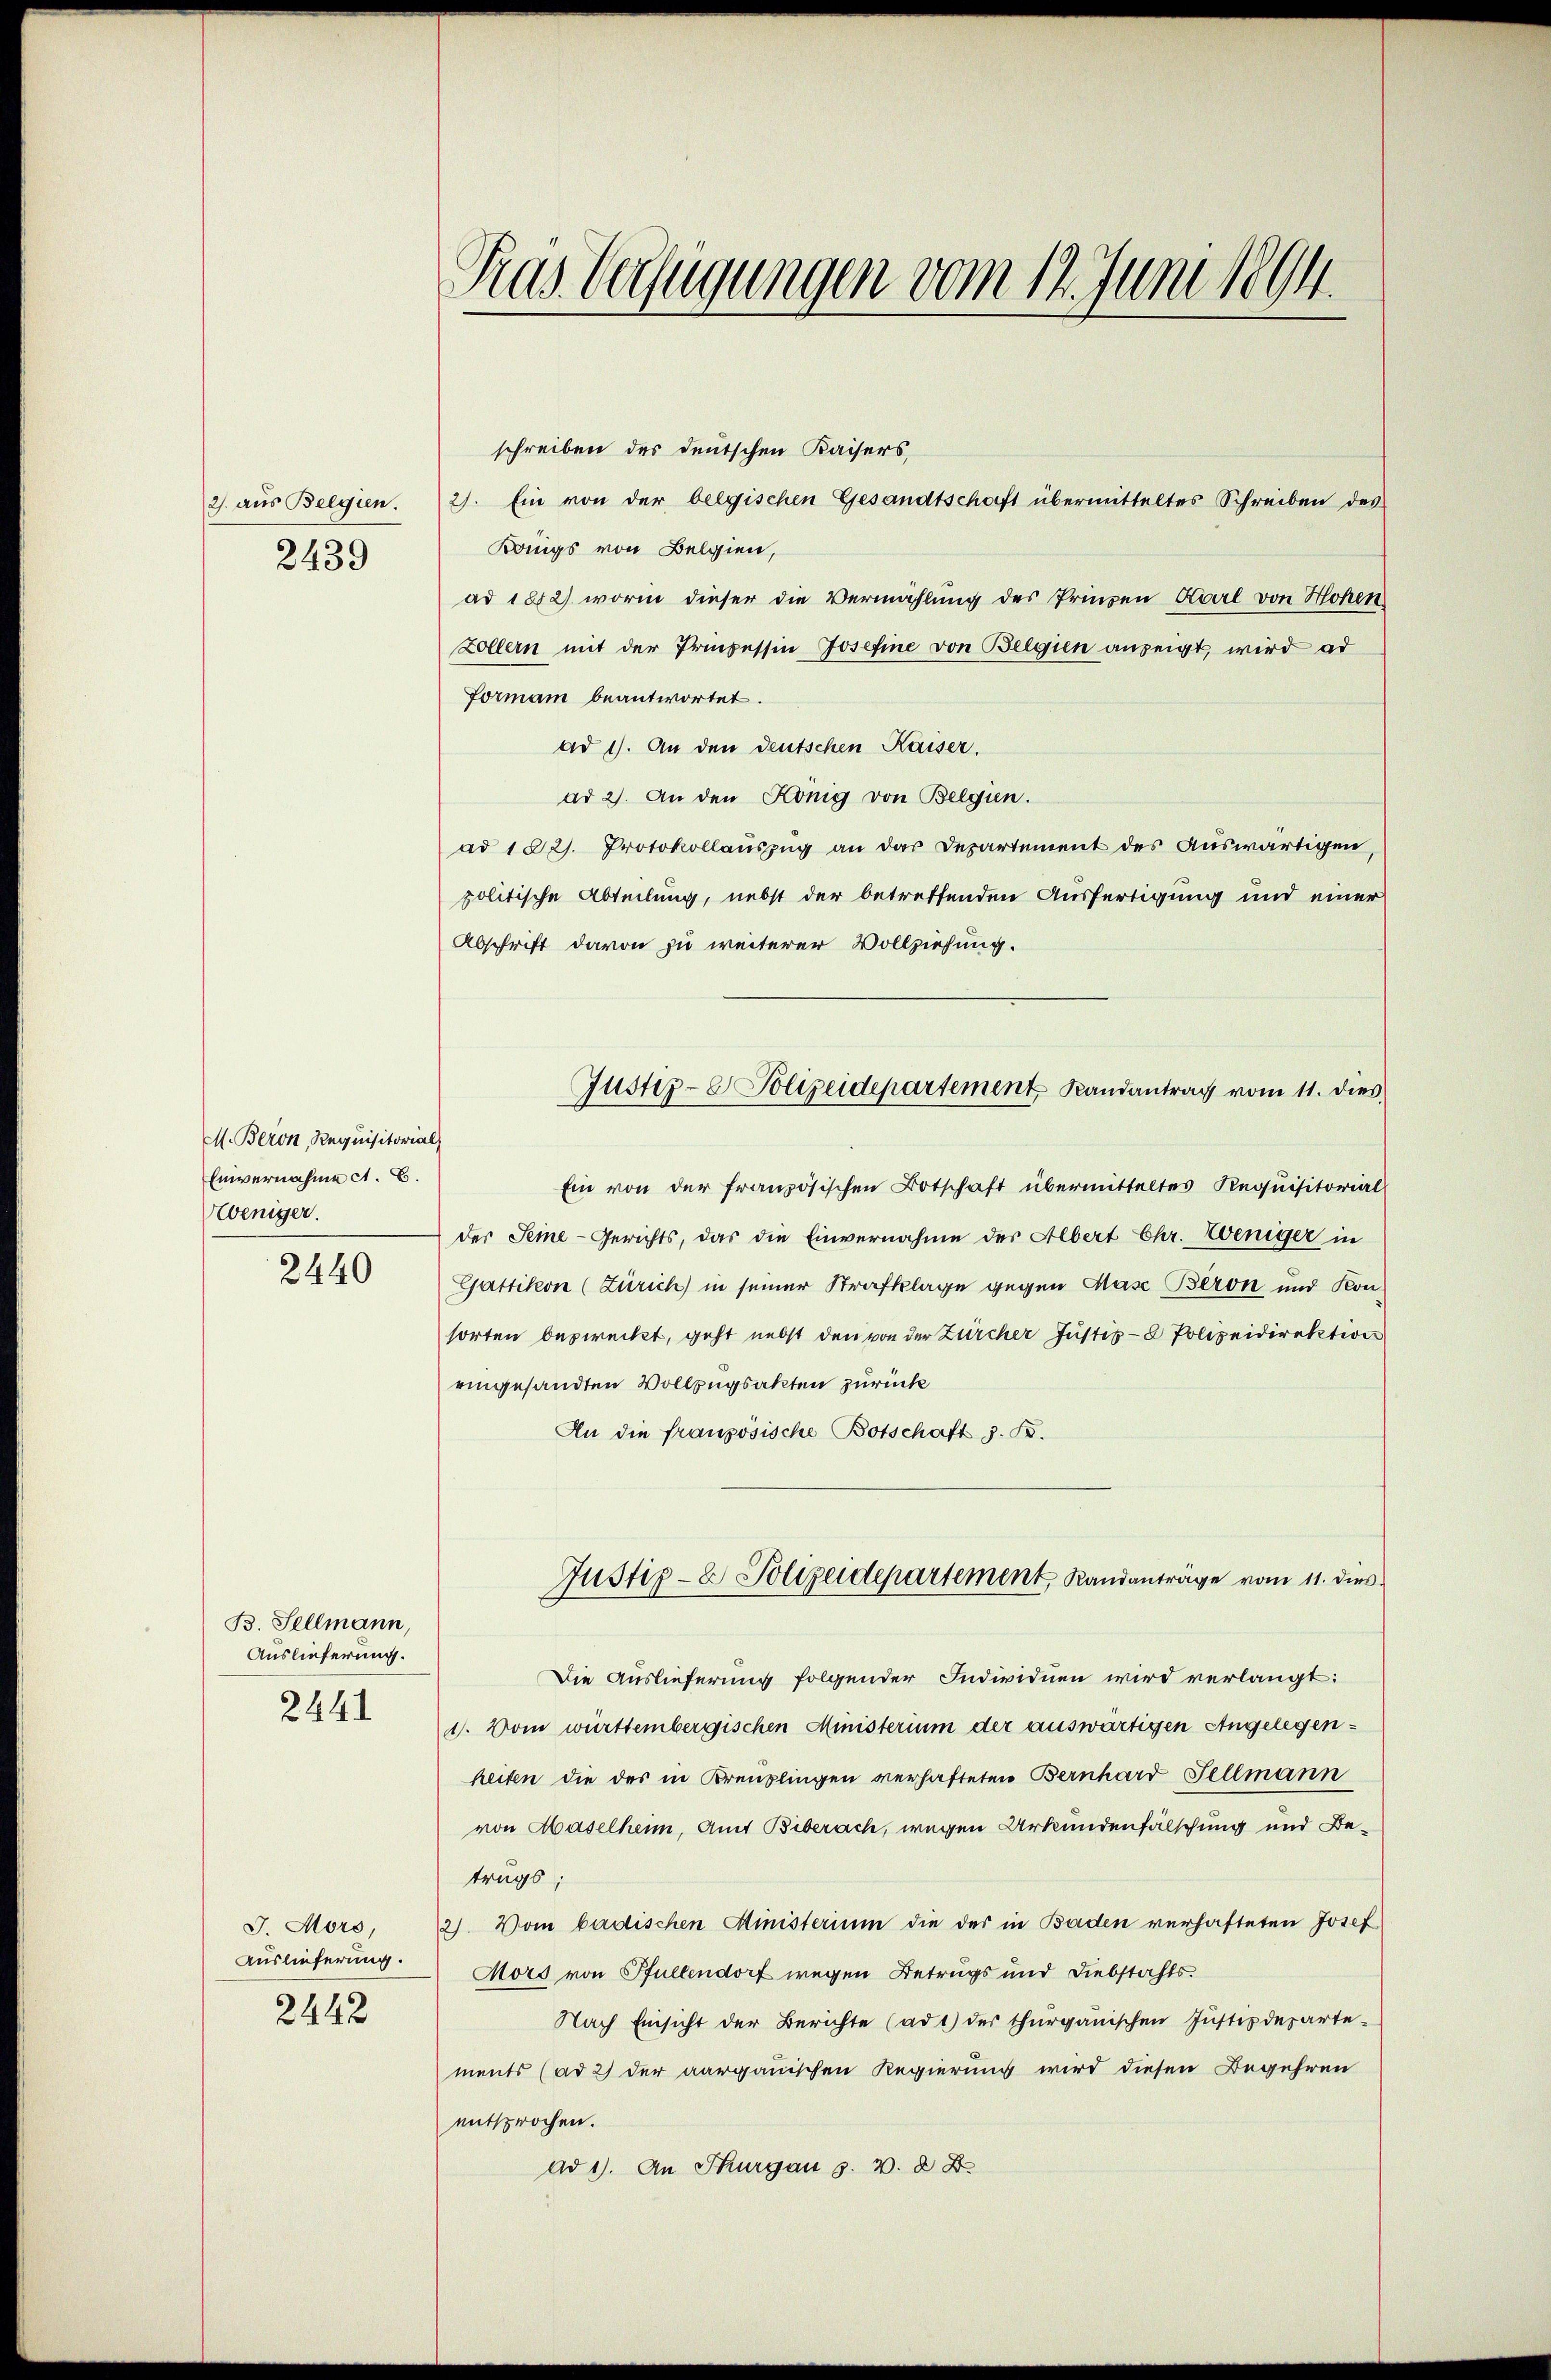
2. aus Belgien.
2439

M. Beron, Requisitorial
Einvernahme A. B.
Weniger.

2440

B. Sellmann,
Auslieferung.
2441

J. Moro,
Auslieferung.
2442

Tras Verfügungen vom 12. Juni 1894.

schreiben des deutschen Kaisers,
2). Ein von der belgischen Gesandtschaft übermitteltes Schreiben des
Kangs von Belgien,
ad 1882) worin dieser die Vermahlung des Prinzen Karl von Hohen
Zöllern mit der Prozessin Josefine von Belgien anzeigt, wird ad
formann beantwortet.
ad 1). An den deutschen Kaiser.
ad 2. An den König von Belgien.
ad 1821. Protokollauszug an das Departement des Auswärtigen,
politische Abteilung, nebst der betreffenden Ausfertigung und einer
Abschrift davon zu weiterer Vollziehung.
Ein von der französischen Botschaft übermitteltes Requisitorial
der Seine-Gerichts, das die Einvernahme des Albert Chr. Weniger in
Gattikon (Zürich in seiner Strafklage gegen Mase Beron und Konsorten bezweckt, geht nebst den von der Zürcher Justiz- & Polizeidirektion
eingesandten Vollzugsakten zurück
An die französische Botschaft z. B.
Justiz- & Polizeidepartement, Randanträge vom 11. dies
Die Auslieferung folgender Individuen wird verlangt:
4. Vom württembergischen Ministerium der auswärtigen Angelegenheiten die des in Kreuzlingen verhafteten Bernhard Fellmann
von Haselheim, Amt Biberach, wegen Urkundenfälschung und Betrags;
2). Vom badischen Ministerium die der in Baden verhafteten Josef
Mors von Pfullendorf wegen Betrugs und Diebstahls.
Nach Einsicht der Berichte (ad 1) der thurganischen Justizdeparte-
ments (ad 2) der aargauischen Regierung wird diesen Begehren
entsprochen.
ad 1. An Thurgau s. v. 8.

Justiz- & Polizeidepartement Randantrag vom 11. dies